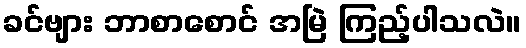
ခင်ဗျား ဘာစာစောင် အမြဲ ကြည့်ပါသလဲ။